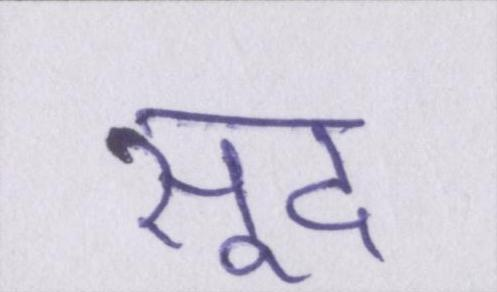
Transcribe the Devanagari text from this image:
सूद